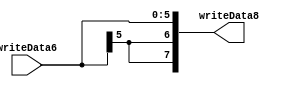
`timescale 1ns / 1ps

module sign_extender(
input [5:0] writeData6,
output [7:0] writeData8
);
assign writeData8 = {
writeData6[5],
writeData6[5],
writeData6};
endmodule